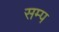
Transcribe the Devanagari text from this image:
सम्प